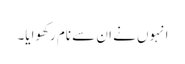
انہوں نے ان سے نام رکھوایا۔